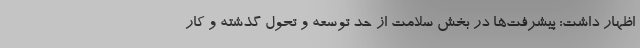
اظهار داشت: پیشرفت‌ها در بخش سلامت از حد توسعه و تحول گذشته و کار